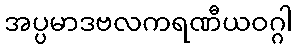
အပ္ပမာဒဗလကရဏီယဝဂ္ဂါ